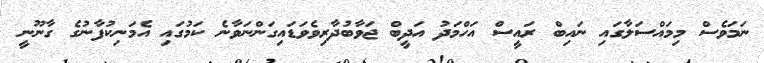
ނަމަވެސް މިމައްސަލާގައި ނައިބް ރައީސް އަހްމަދު އަދީބް ޖަވާބުދާރިވެވަޑައިގަންނަވާނެ ކަމުގައި އެމަނިކުފާނުގެ ގާނޫނީ